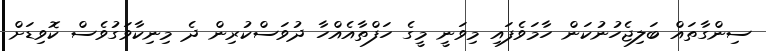
ސިންގާތައް ބަލިޖެހުނުކަން ހާމަވެފައި މިވަނީ މީގެ ހަފްތާއެއްހާ ދުވަސްކުރިން ދެ މިނިކާވަގުވެސް ކޮވިޑަށް